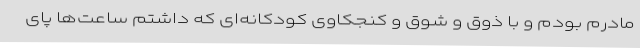
مادرم بودم و با ذوق و شوق و کنجکاوی کودکانه‌ای که داشتم ساعت‌ها پای